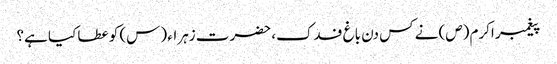
پیغمبر اکرم (ص) نے کس دن باغ فدک، حضرت زہراء (س) کو عطا کیا ہے؟